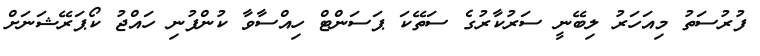
ފުރުސަތު މިއަހަރު ލިބޭނީ ސަރުކާރުގެ ސަތޭކަ ޕަސަންޓް ހިއްސާވާ ކުންފުނި ހައްޖު ކޯޕަރޭޝަނަށް